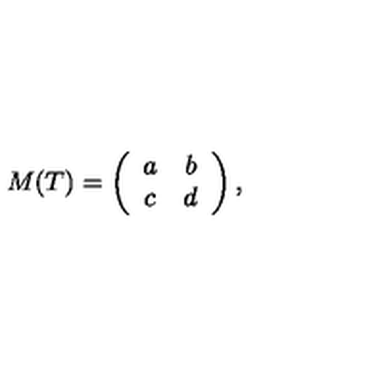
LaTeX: M ( T ) = \left( \begin{array} { c c } { a } & { b } \\ { c } & { d } \\ \end{array} \right) ,